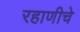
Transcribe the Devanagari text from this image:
रहाणीचे